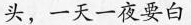
头，一天一夜要白